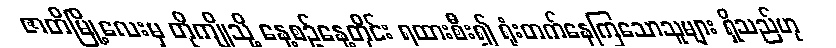
ဇာတိမြို့လေးမှ တိုကျိုသို့ နေ့စဉ်နေ့တိုင်း ရထားစီး၍ ရုံးတက်နေကြသောသူများ ရှိသည်ဟု